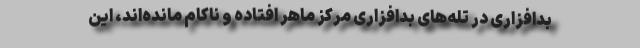
بدافزاری در تله‌های بدافزاری مرکز ماهر افتاده و ناکام مانده‌اند، این